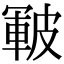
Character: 皸